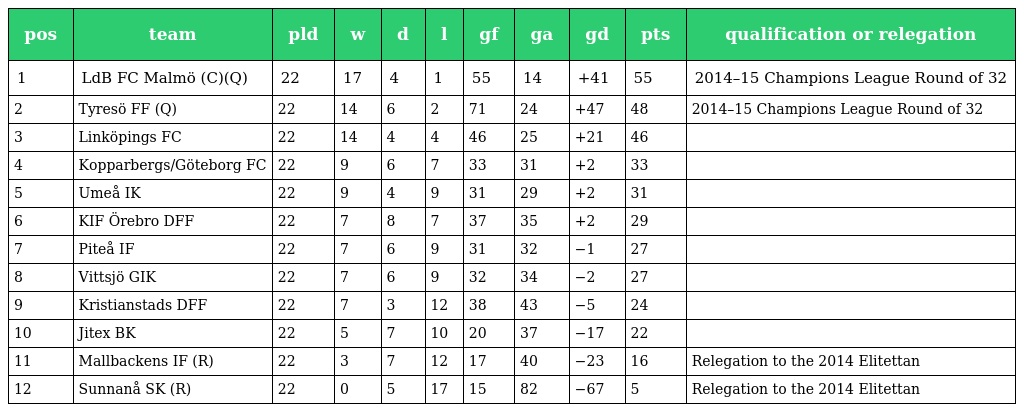
| pos | team | pld | w | d | l | gf | ga | gd | pts | qualification or relegation |
 | --- | --- | --- | --- | --- | --- | --- | --- | --- | --- | --- |
 | 1 | LdB FC Malmö (C)(Q) | 22 | 17 | 4 | 1 | 55 | 14 | +41 | 55 | 2014–15 Champions League Round of 32 |
 | 2 | Tyresö FF (Q) | 22 | 14 | 6 | 2 | 71 | 24 | +47 | 48 | 2014–15 Champions League Round of 32 |
 | 3 | Linköpings FC | 22 | 14 | 4 | 4 | 46 | 25 | +21 | 46 |  |
 | 4 | Kopparbergs/Göteborg FC | 22 | 9 | 6 | 7 | 33 | 31 | +2 | 33 |  |
 | 5 | Umeå IK | 22 | 9 | 4 | 9 | 31 | 29 | +2 | 31 |  |
 | 6 | KIF Örebro DFF | 22 | 7 | 8 | 7 | 37 | 35 | +2 | 29 |  |
 | 7 | Piteå IF | 22 | 7 | 6 | 9 | 31 | 32 | −1 | 27 |  |
 | 8 | Vittsjö GIK | 22 | 7 | 6 | 9 | 32 | 34 | −2 | 27 |  |
 | 9 | Kristianstads DFF | 22 | 7 | 3 | 12 | 38 | 43 | −5 | 24 |  |
 | 10 | Jitex BK | 22 | 5 | 7 | 10 | 20 | 37 | −17 | 22 |  |
 | 11 | Mallbackens IF (R) | 22 | 3 | 7 | 12 | 17 | 40 | −23 | 16 | Relegation to the 2014 Elitettan |
 | 12 | Sunnanå SK (R) | 22 | 0 | 5 | 17 | 15 | 82 | −67 | 5 | Relegation to the 2014 Elitettan |